NAE_ERA_R-2324_Eesti_Vabariigi_Pohiseaduslik_Assamblee, lk 158
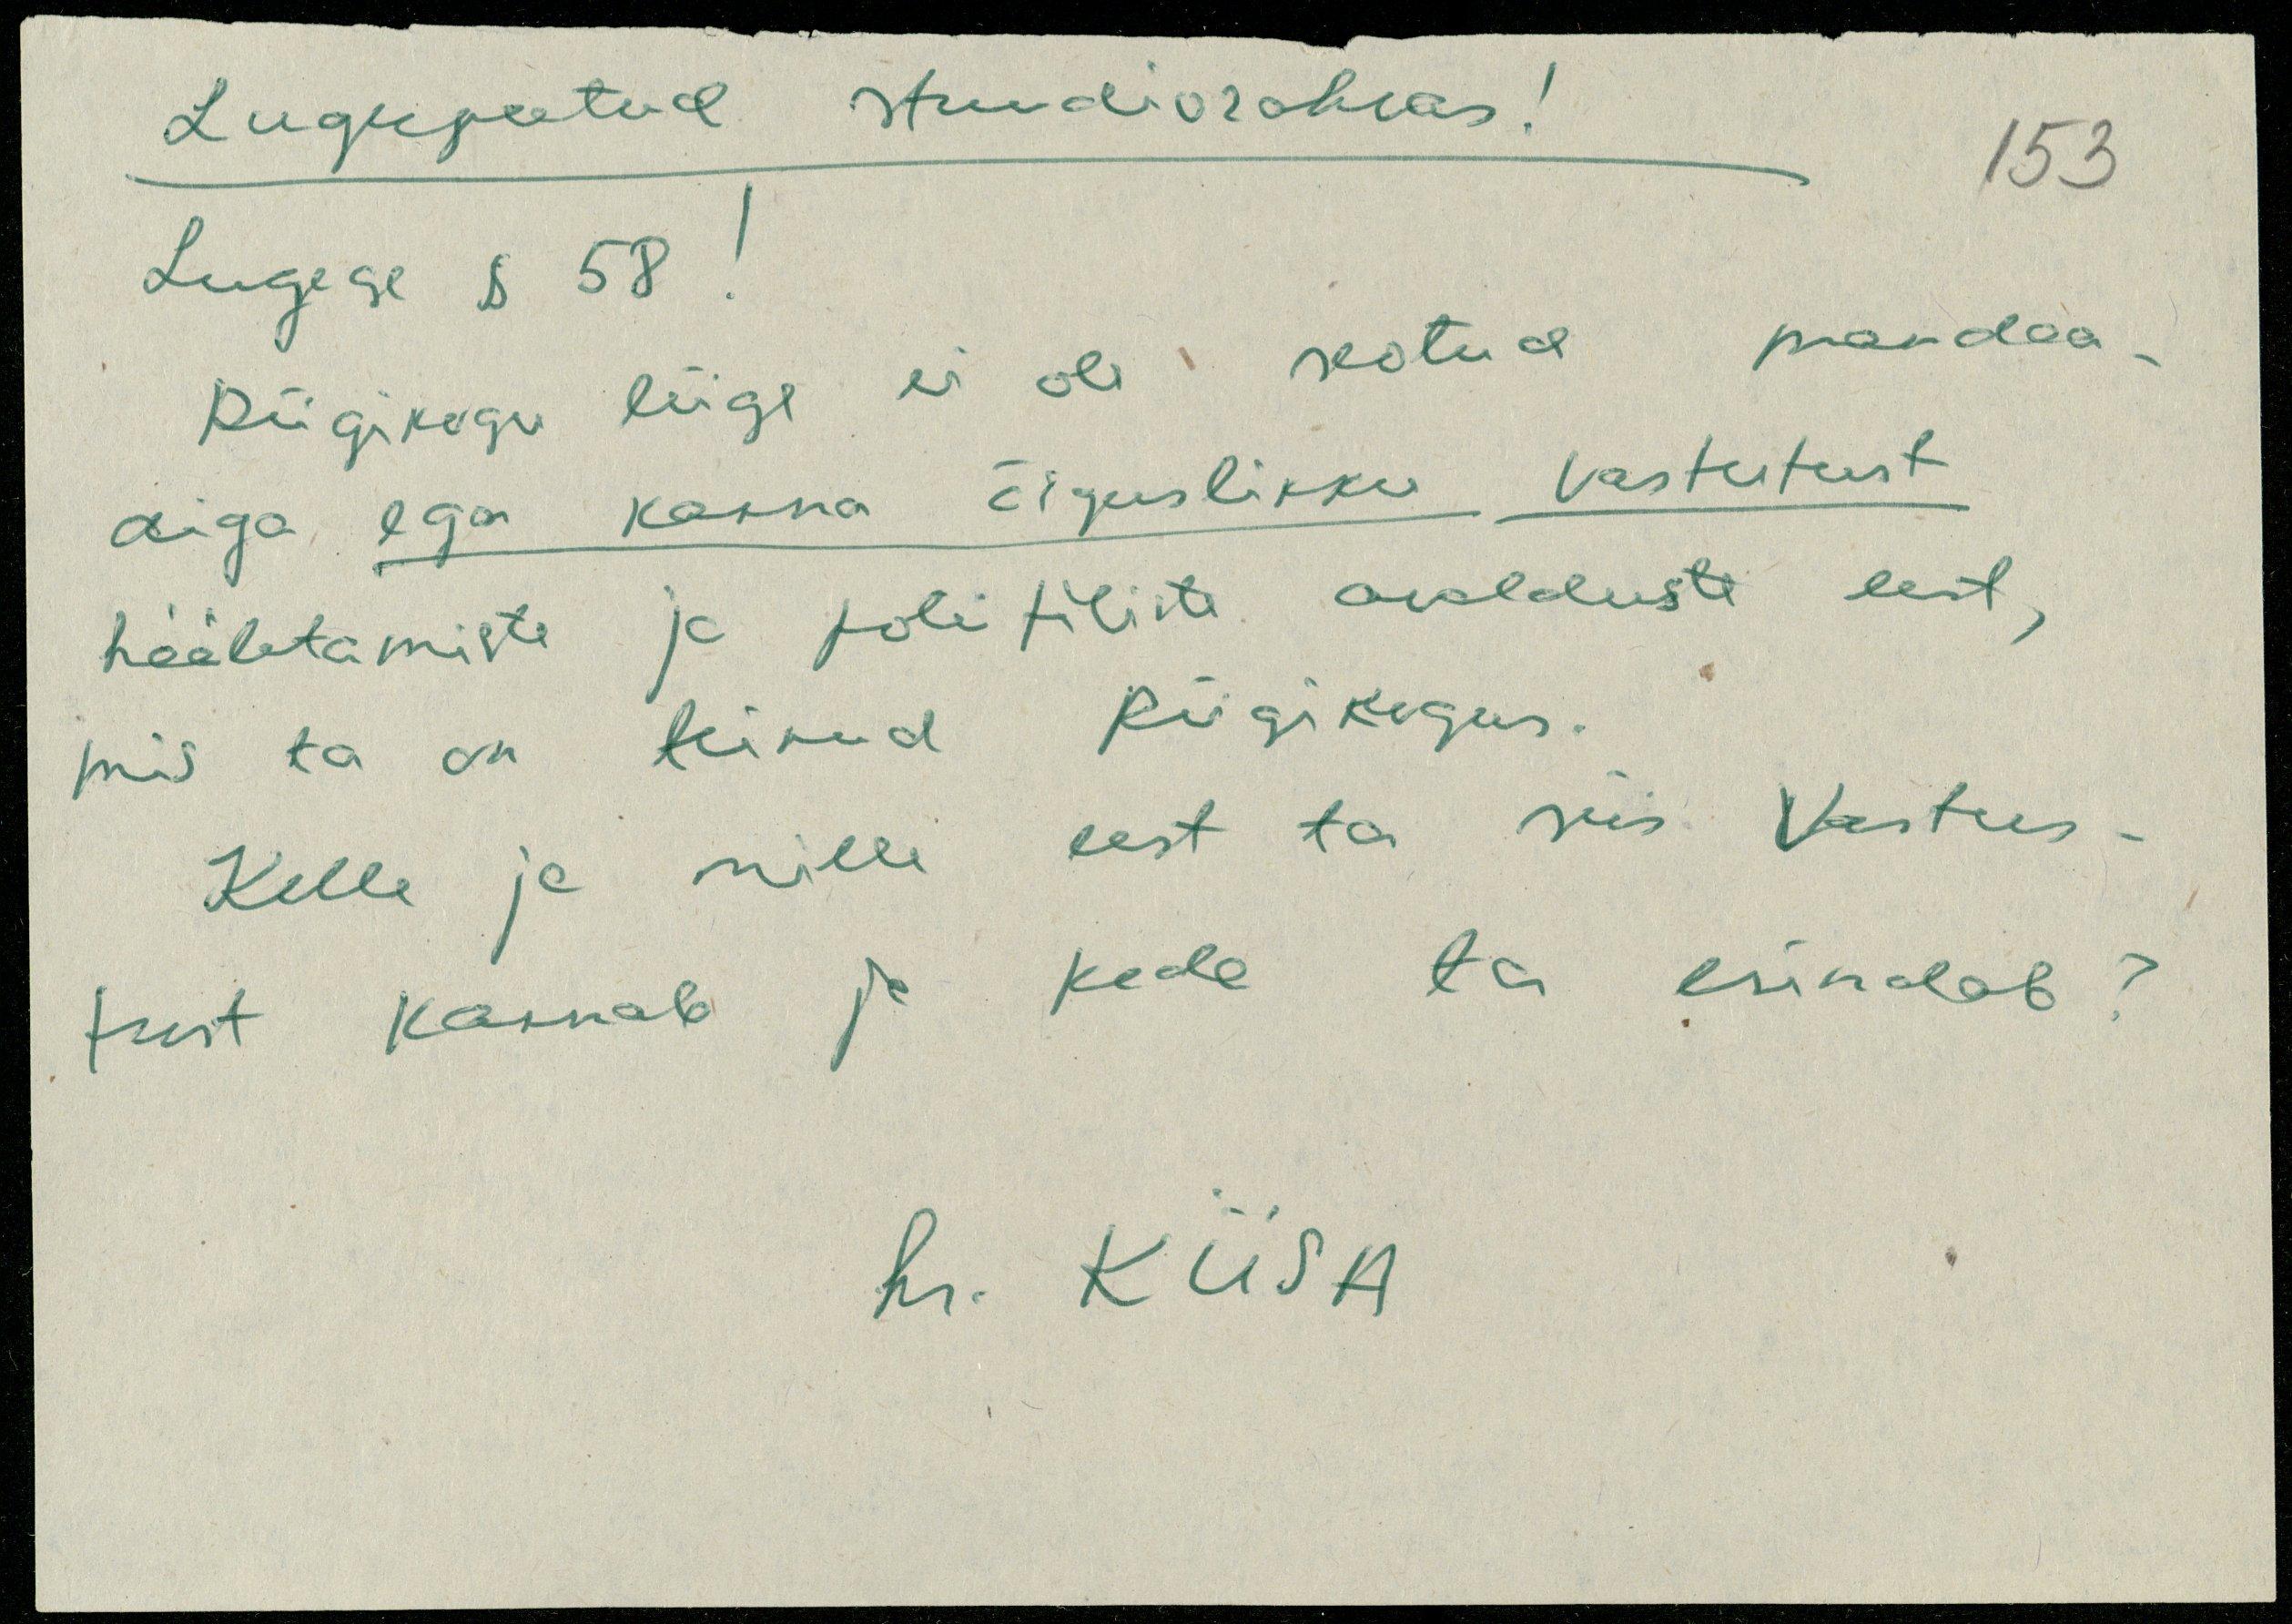
Lugepeetud stuudiorahvas!
Lugege § 58!
Riigikogu liige ei ole seotud mandaa-
diga ega kanna õiguslikku vastutust
hääletamiste ja politiliste avalduste eest,
mis ta on teinud Riigikogus.
Kelle ja mille eest ta siis vastus-
tust kannab ja keda ta esindab?
hr. KIISA